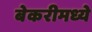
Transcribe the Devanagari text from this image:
बेकरीमध्ये